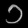
Digit: ၁